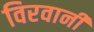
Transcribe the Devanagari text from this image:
विरवानी